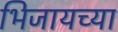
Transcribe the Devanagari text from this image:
भिजायच्या